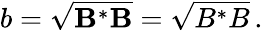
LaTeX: \begin{array}{r}{b=\sqrt{{\mathbf B}^{*}{\mathbf B}}=\sqrt{B^{*}B}\, .}\end{array}